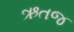
ઋતજ